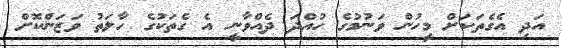
އަދި އެގެތަކަށް މީހުން ވަނުމުގެ ހުއްދަ ދެއްވާނީ އެ ގެތަކުގެ ހާލަތު ވަޒަންކޮށް